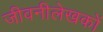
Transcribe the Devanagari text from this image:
जीवनीलेखकों